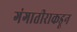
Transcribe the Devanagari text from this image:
गंगातीराकडून